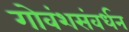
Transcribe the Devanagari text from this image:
गोवंशसंवर्धन